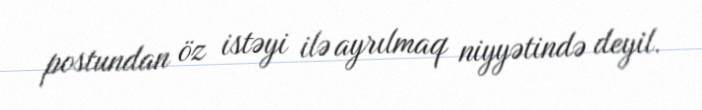
postundan öz istəyi ilə ayrılmaq niyyətində deyil.